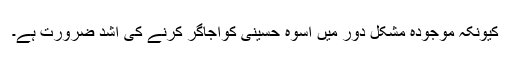
کیونکہ موجودہ مشکل دور میں اسوہ حسینی کواجاگر کرنے کی اشد ضرورت ہے۔